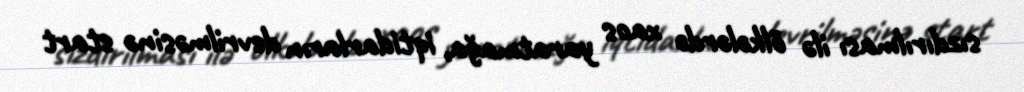
sızdırılması ilə ölkələrdə xaos yaratmağa, iqtidarların devrilməsinə start